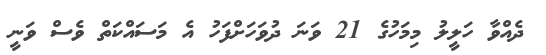
ދެއްވާ ހަލީލު މިމަހުގެ 21 ވަނަ ދުވަހަށްފަހު އެ މަސައްކަތް ވެސް ވަނީ